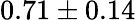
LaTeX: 0.71\pm 0.14